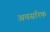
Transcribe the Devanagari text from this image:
अवसरिक